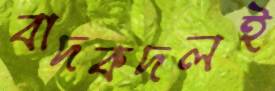
বাদকদলই